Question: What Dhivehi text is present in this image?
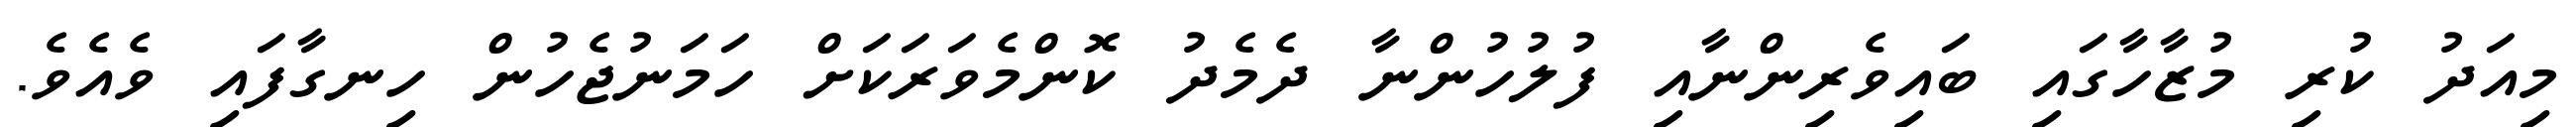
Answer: މިއަދު ކުރި މުޒާހާގައި ބައިވެރިންނާއި ފުލުހުންނާ ދެމެދު ކޮންމެވަރަކަށް ހަމަނުޖެހުން ހިނގާފައި ވެއެވެ.